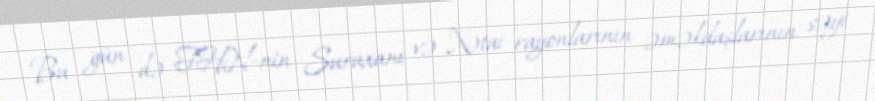
Bu gün də FHN-nin Suraxanı və Xətai rayonlarının əməkdaşlarının səyi